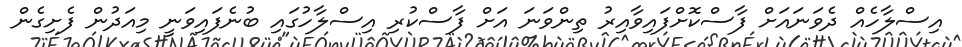
އިސްލާހެއް ދެވަނައަށް ފާސްކޮށްފައިވާއިރު ތިންވަނަ އަށް ފާސްކުރި އިސްލާހުގައި ބުނެފައިވަނީ މިއަދުން ފެށިގެން